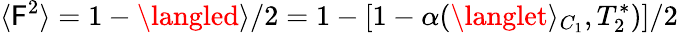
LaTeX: \langle\mathsf{F}^{2}\rangle=1-\langled\rangle/2=1-[1-\alpha(\langlet\rangle_{C_{1}},T_{2}^{*})]/2